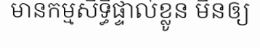
មានកម្មសិទ្ធិផ្ទាល់ខ្លូន មិនឲ្យ